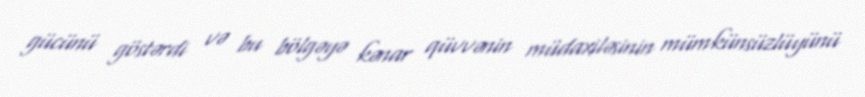
gücünü göstərdi və bu bölgəyə kənar qüvvənin müdaxiləsinin mümkünsüzlüyünü